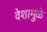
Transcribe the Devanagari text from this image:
वेशामुळे